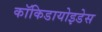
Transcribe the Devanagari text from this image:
कॉकिडायोइडेस